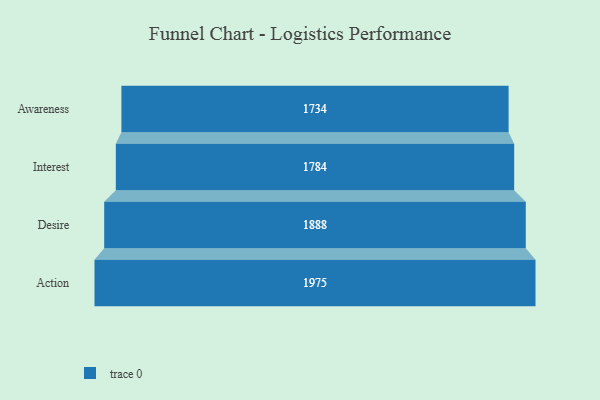
{"axis": {"x": "Stage", "y": "Value"}, "legend": [""], "data": [{"x": "Awareness", "y": 1734.0, "type": ""}, {"x": "Interest", "y": 1784.0, "type": ""}, {"x": "Desire", "y": 1888.0, "type": ""}, {"x": "Action", "y": 1975.0, "type": ""}]}